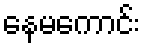
နေမကောင်း